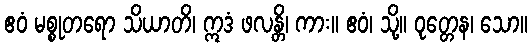
ဧဝံ မစ္စုတရော သိယာတိ၊ ဣဒံ ဖလန္တိ၊ ကား။ ဧဝံ၊ သို့။ ဝုတ္တေန၊ သော။